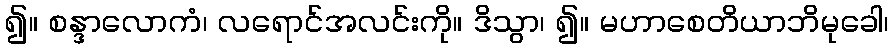
၍။ စန္ဒာလောကံ၊ လရောင်အလင်းကို။ ဒိသွာ၊ ၍။ မဟာစေတိယာဘိမုခေါ၊